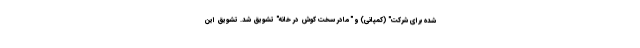
شده برای شرکت" (کمپانی) و "مادر سخت کوش در خانه" تشویق شد. تشویق این